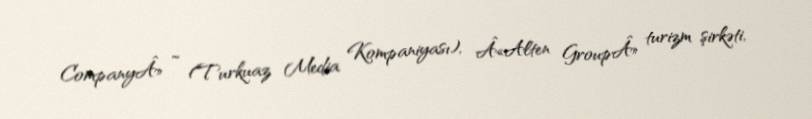
CompanyÂ» ”“ (Turkuaz Media Kompaniyası), Â«Alten GroupÂ» turizm şirkəti,